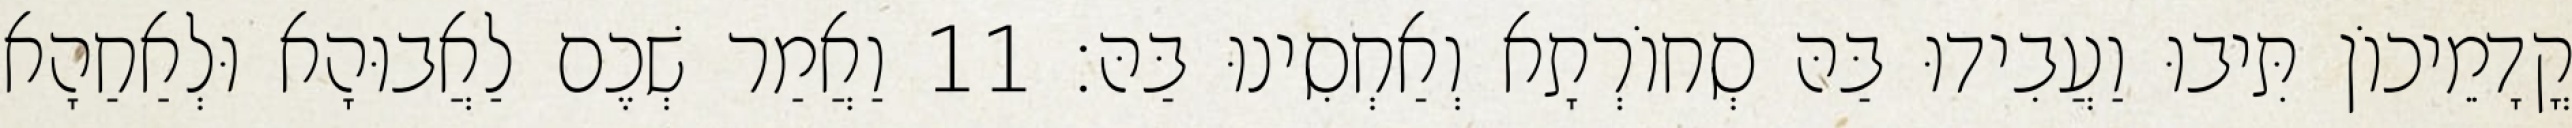
קֳדָמֵיכוֹן תִּיבוּ וַעֲבִידוּ בַּהּ סְחוֹרְתָא וְאַחְסִינוּ בַּהּ׃ 11 וַאֲמַר שְׁכֶם לַאֲבוּהָא וּלְאַחַהָא